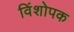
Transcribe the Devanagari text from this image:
विंशोपक